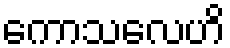
ကောသလေဟိ